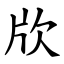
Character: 㸝